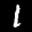
Label: 1